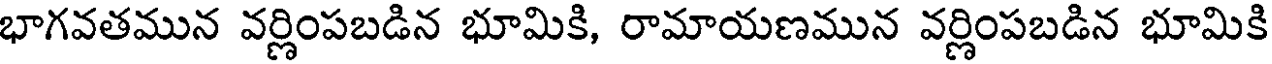
భాగవతమున వర్ణింపబడిన భూమికి, రామాయణమున వర్ణింపబడిన భూమికి